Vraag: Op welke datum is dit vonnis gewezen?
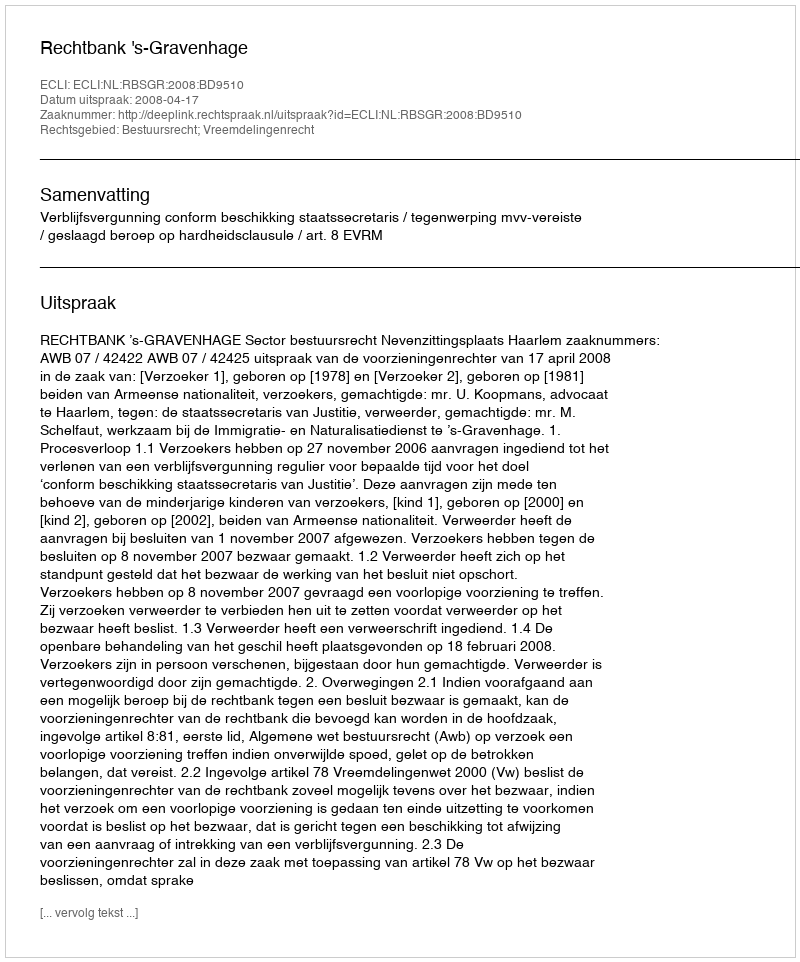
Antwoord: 2008-04-17